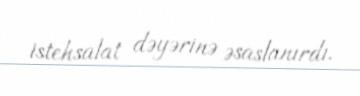
istehsalat dəyərinə əsaslanırdı.